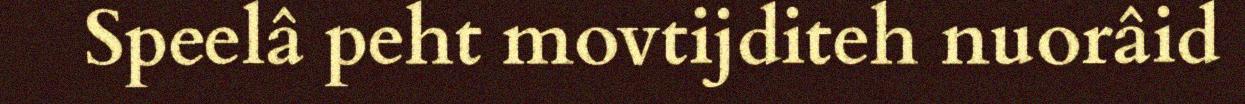
Speelâ peht movtijditeh nuorâid